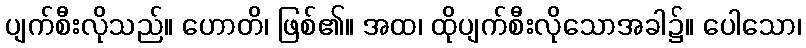
ပျက်စီးလိုသည်။ ဟောတိ၊ ဖြစ်၏။ အထ၊ ထိုပျက်စီးလိုသောအခါ၌။ ပေါသော၊